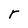
Character: r